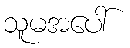
သူမအပေါ်